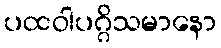
ပထဝါပဂ္ဂိသမာနော